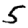
Digit: 5